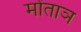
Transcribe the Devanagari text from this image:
मोंताञ